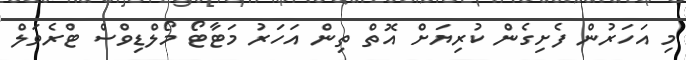
މި އަހަރުން ފެށިގެން ކުރިޔަށް އޮތް ތިން އަހަރު މަޓާޓޯ މޯލްޑިވްސް ޓްރެވަލް